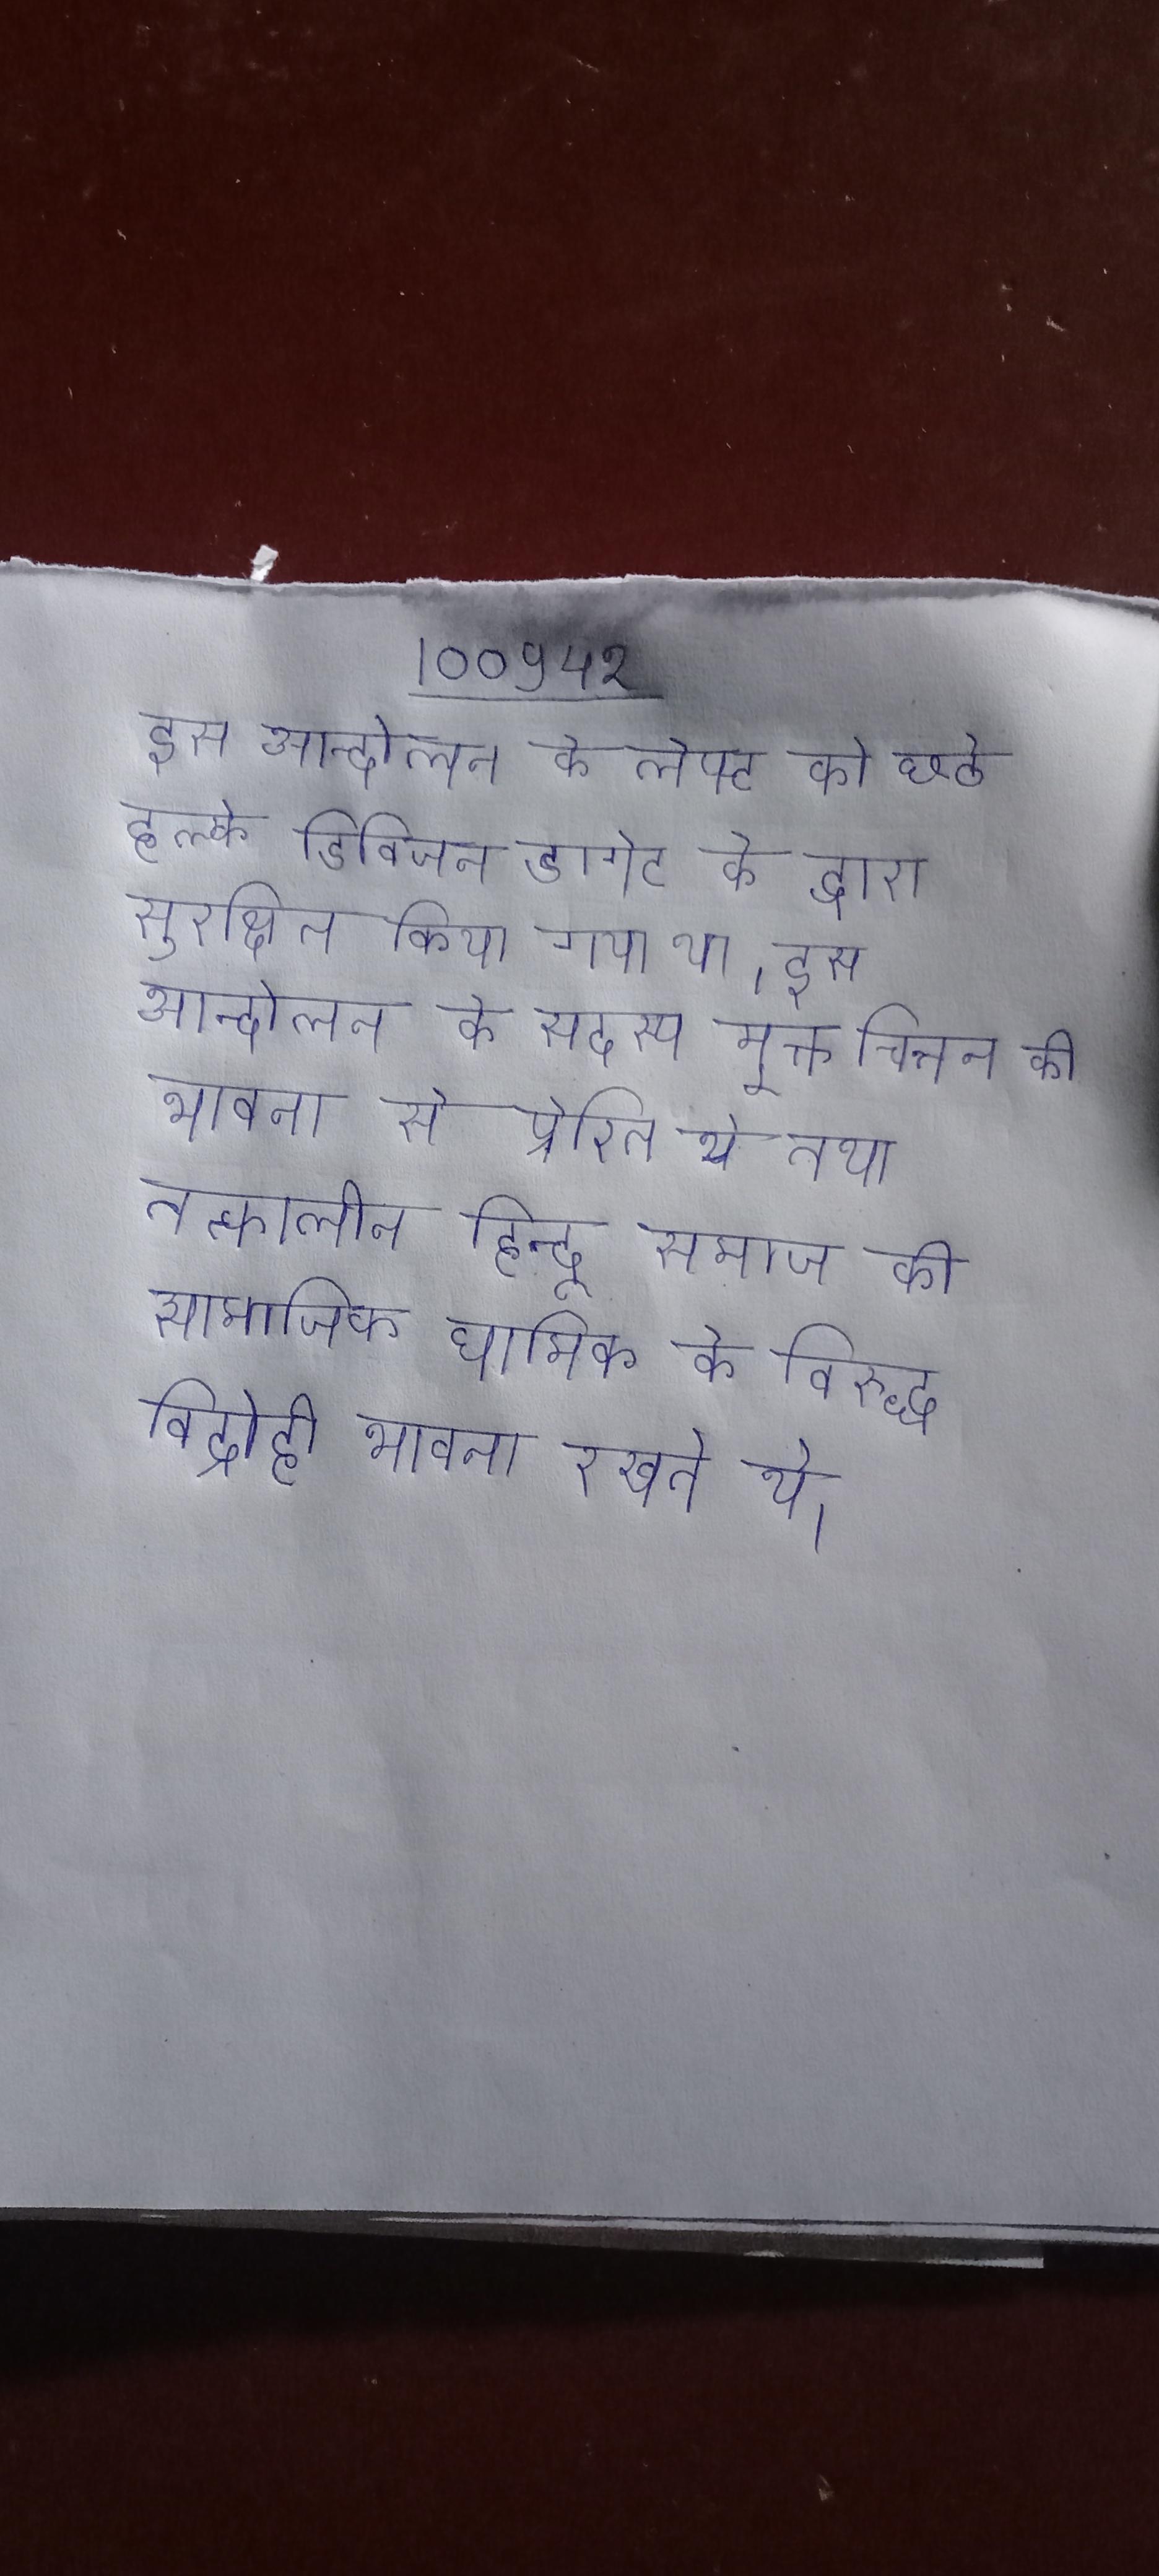
इस आन्दोलन के लेफ्ट को छठे हल्के डिविजन डागेट के द्वारा सुरक्षित किया गया था । इस आन्दोलन के सदस्य मुक्त चिन्तन की भावना से प्रेरित थे तथा तत्कालीन हिन्दू समाज की सामाजिक धार्मिक के विरुद्ध विद्रोही भावना रखते थे ।